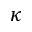
\kappa